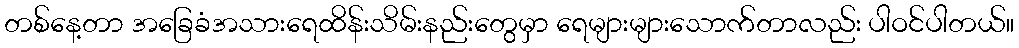
တစ်နေ့တာ အခြေခံအသားရေထိန်းသိမ်းနည်းတွေမှာ ရေများများသောက်တာလည်း ပါဝင်ပါတယ်။